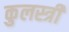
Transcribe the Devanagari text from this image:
कुलस्त्री